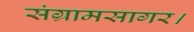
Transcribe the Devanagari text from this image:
संग्रामसागर।